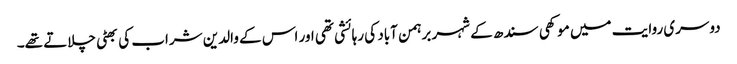
دوسری روایت میں موکھی سندھ کے شہر برہمن آباد کی رہائشی تھی اور اس کے والدین شراب کی بھٹی چلاتے تھے۔